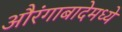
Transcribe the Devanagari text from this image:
औरंगाबादेमध्ये